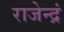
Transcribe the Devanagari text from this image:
राजेन्द्रं